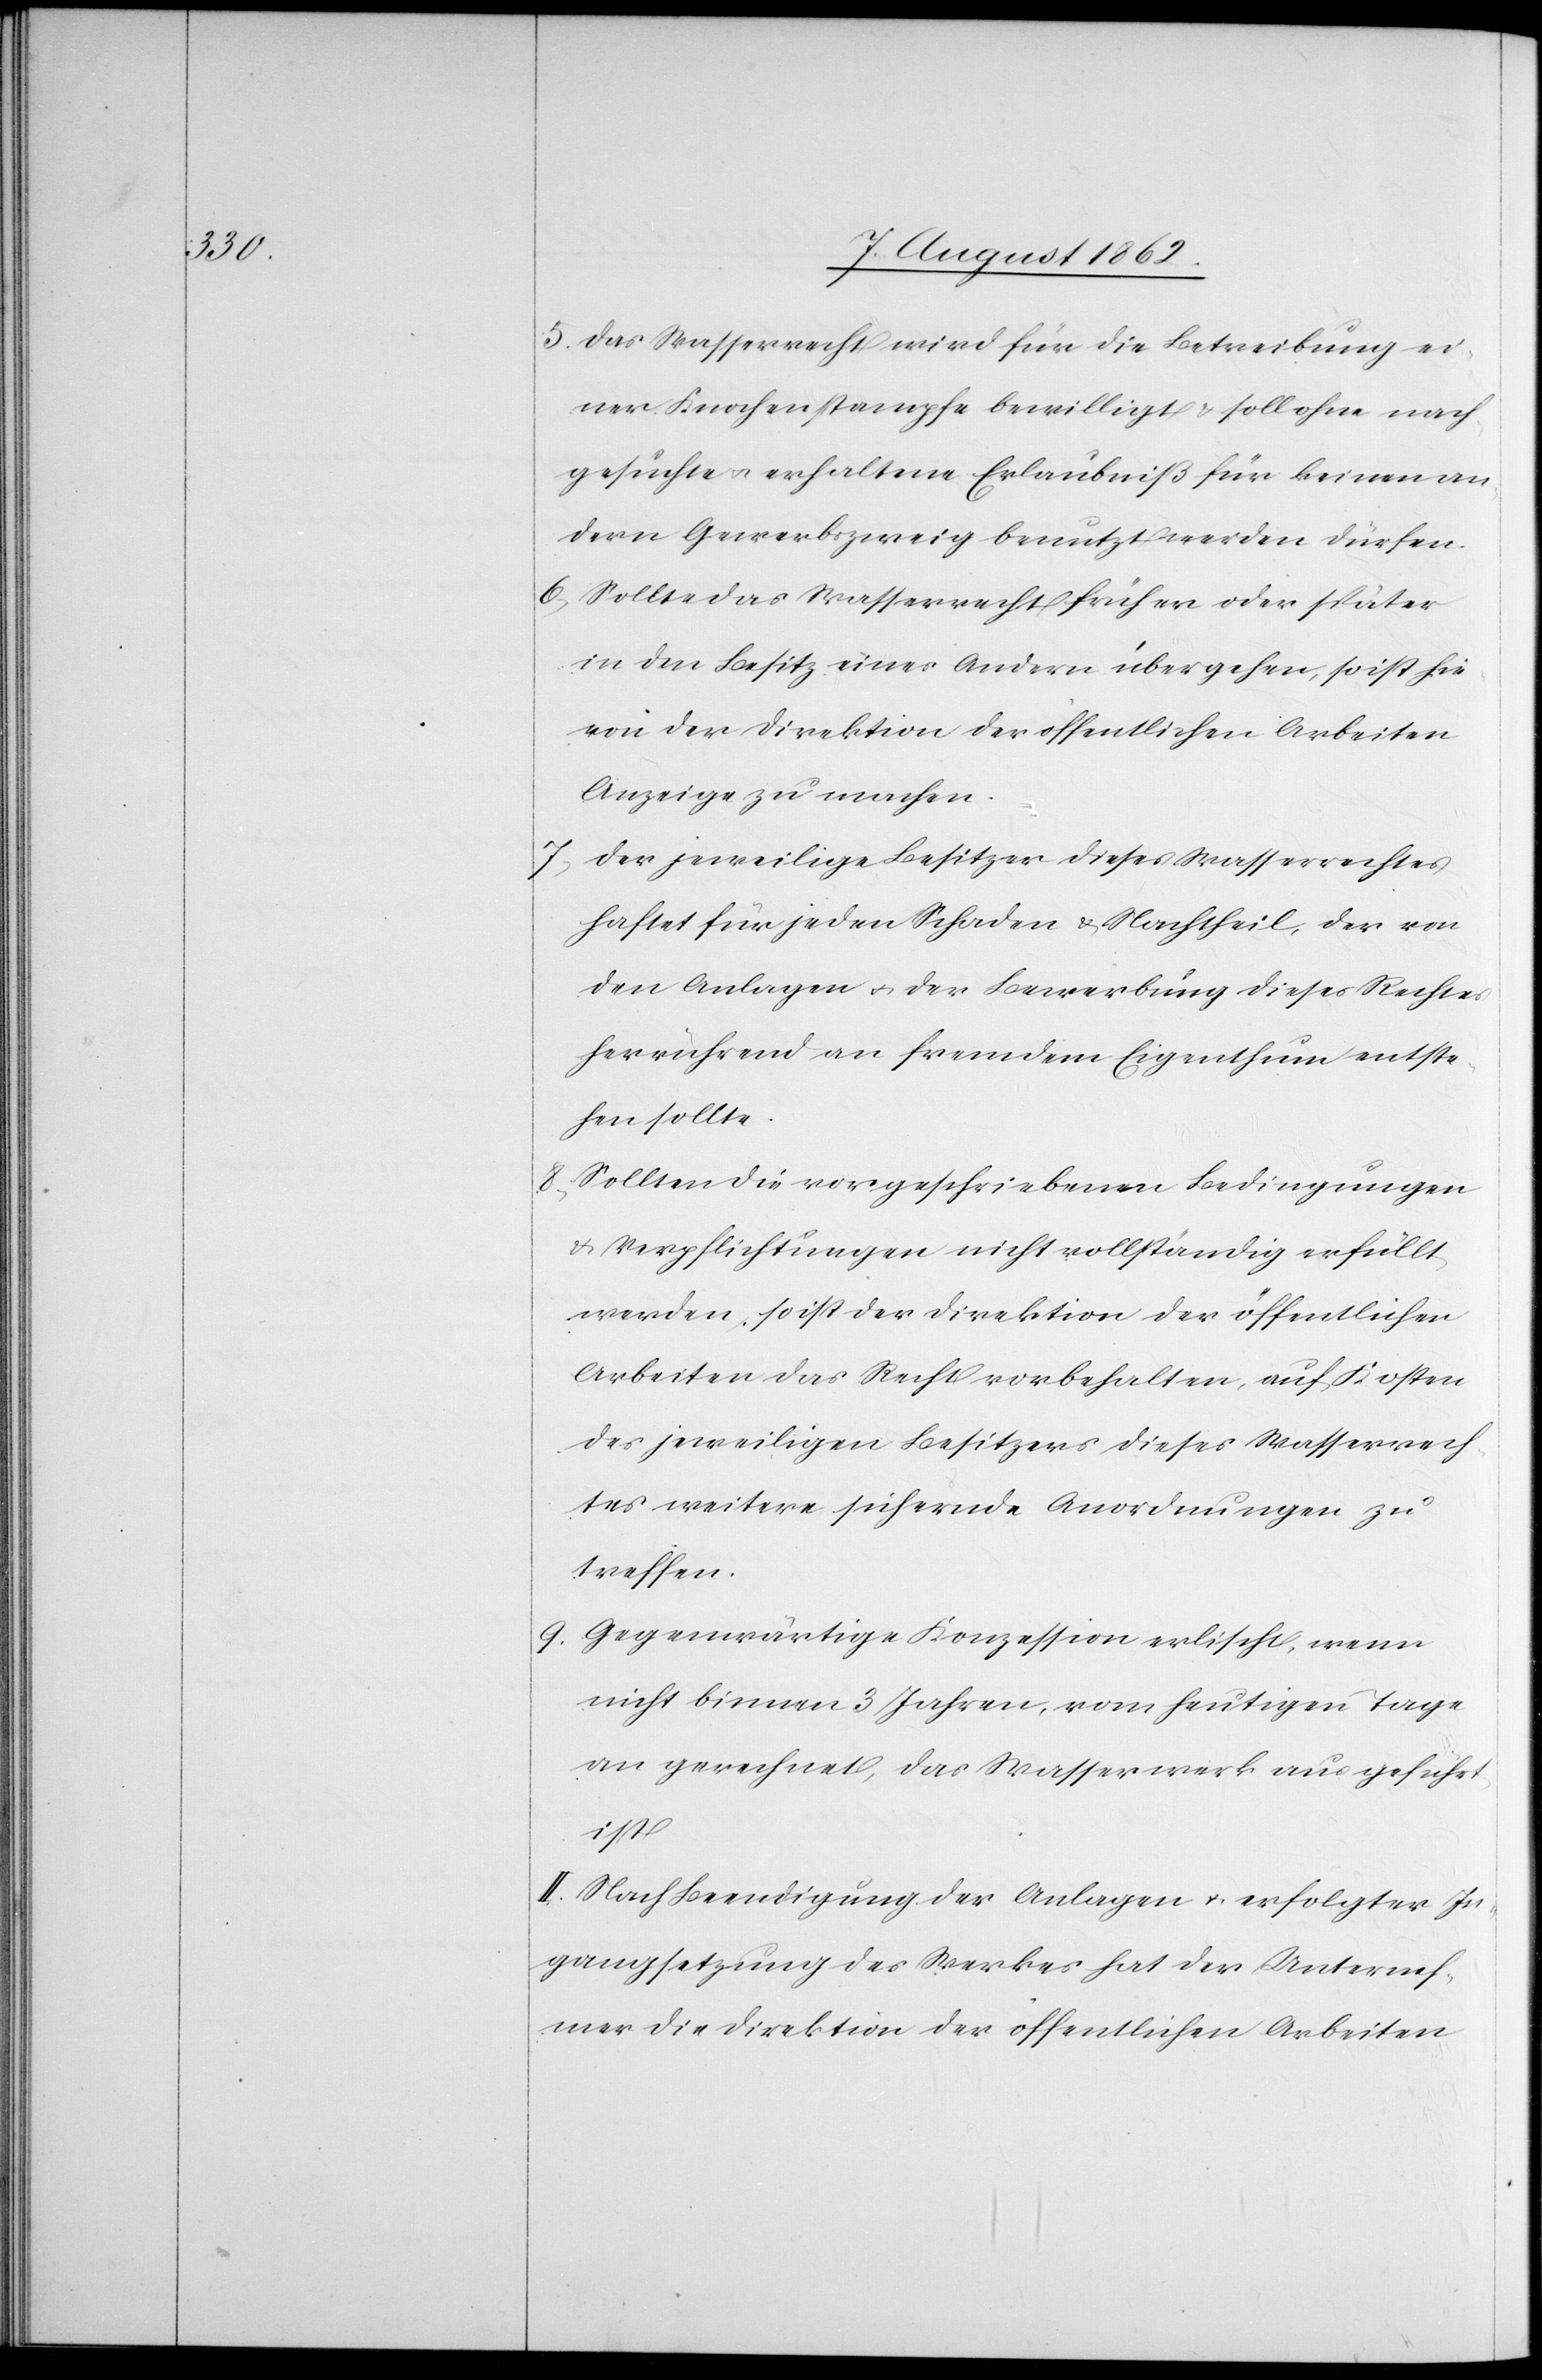
5. Das Wasserrecht wird für die Betreibung ei¬
ner Knochenstampfe bewilligt u. soll ohne nach¬
gesuchte u. erhaltene Erlaubniß für keinen an¬
dern Gewerbszweig genutzt werden dürfen.
6. Sollte das Wasserrecht früher oder später
in den Besitz eines Andern übergehen, so ist hie
von der Direktion der öffentlichen Arbeiten
Anzeige zu machen.
7. Der jeweilige Besitzer dieses Wasserrechtes
haftet für jeden Schaden u. Nachtheil, der von
den Anlagen u. der Bewerbung dieses Rechtes
herrührend an fremdem Eigenthum entste¬
hen sollte.
8. Sollten die vorgeschriebenen Bedingungen
u. Verpflichtungen nicht vollständig erfüllt
werden, so ist der Direktion der öffentlichen
Arbeiten das Recht vorbehalten, auf Kosten
des jeweiligen Besitzers dieses Wasserrech¬
tes weitere sichernde Anordnungen zu
treffen.
9. Gegenwärtige Konzession erlischt, wenn
nicht binnen 3 Jahren, vom heutigen Tage
an gerechnet, das Wasserwerk aufgeführt
ist.
II. Nach Beendigung der Anlagen u. erfolgter In¬
gangsetzung des Werkes hat der Unterneh¬
mer die Direktion der öffentlichen Arbeiten